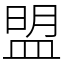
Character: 盟